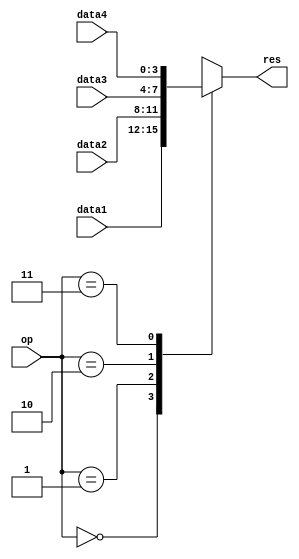
module mux4_4bit(
  input [3:0] data1,
  input [3:0] data2,
  input [3:0] data3,
  input [3:0] data4,
  input [1:0] op,
  output reg [3:0] res);

  always @* begin
    case (op)
    2'b00: res <= data1;
    2'b01: res <= data2;
    2'b10: res <= data3;
    2'b11: res <= data4;
    default: res <= 4'b0000;
    endcase
  end
endmodule